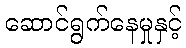
ဆောင်ရွက်နေမှုနှင့်